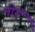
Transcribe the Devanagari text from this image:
मोय़ॅ